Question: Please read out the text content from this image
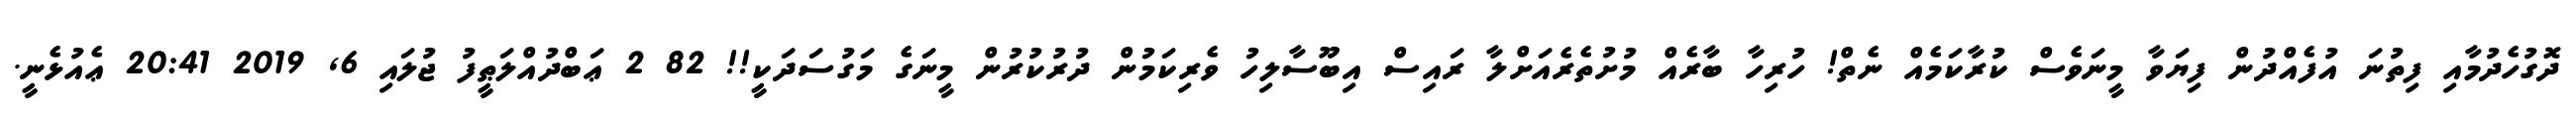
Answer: ދޮގުހެދުމާއި ފިތުނަ އުފެއްދުން ފިޔަވާ މީނަވެސް ކުރާކަމެއް ނެތް! ހުރިހާ ބާރެއް މުށުތެރެއަށްލާ ރައިސް އިބޫސާލިހު ވެރިކަމުން ދުރުކުރުން މީނަގެ މަގުސަދަކީ!! 82 2 ޢަބްދުއްލަޠީފު ޖުލައި 6, 2019 20:41 ޢެއުޅެނީ.